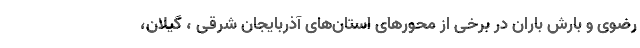
رضوی و بارش باران در برخی از محورهای استان‌های آذربایجان شرقی ، گیلان،